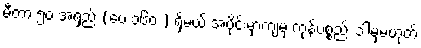
မီတာ ၅၀ အရှည် (ပေ ၁၆၀ ) ရှိမယ့် အပိုင်းမှာကျမှ ကုန်ပစ္စည်း ဒါမှမဟုတ်